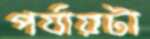
পর্যায়টা